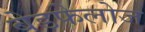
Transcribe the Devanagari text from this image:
बेडफेलोज